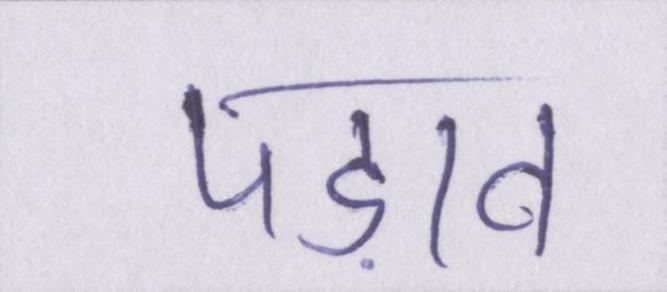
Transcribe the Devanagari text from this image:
पड़ाव